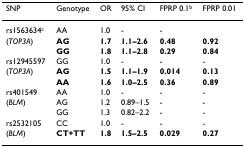
| SNP | Genotype | OR | 95% CI | FPRP 0.1b | FPRP 0.01 |
 | --- | --- | --- | --- | --- | --- |
 | rs1563634c | AA | 1.0 | - | - |  |
 | (TOP3A) | AG | 1.7 | 1.1–2.6 | 0.48 | 0.92 |
 |  | GG | 1.8 | 1.1–2.8 | 0.29 | 0.84 |
 | rs12945597 | GG | 1.0 | - | - | - |
 | (TOP3A) | AG | 1.5 | 1.1–1.9 | 0.014 | 0.13 |
 |  | AA | 1.6 | 1.0–2.5 | 0.36 | 0.89 |
 | rs401549 | AA | 1.0 | - | - | - |
 | (BLM) | AG | 1.2 | 0.89–1.5 | - | - |
 |  | GG | 1.3 | 0.82–2.2 | - | - |
 | rs2532105 | CC | 1.0 | - | - | - |
 | (BLM) | CT+TT | 1.8 | 1.5–2.5 | 0.029 | 0.27 |